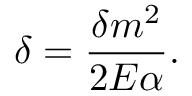
\delta = \frac { \delta m ^ { 2 } } { 2 E \alpha } .